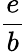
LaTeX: \frac{e}{b}